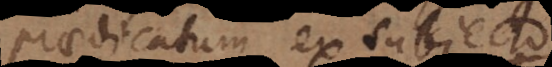
edicatum ex subject